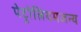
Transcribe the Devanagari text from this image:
पेट्रोलियमजन्य